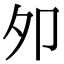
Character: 夘